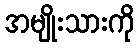
အမျိုးသားကို